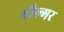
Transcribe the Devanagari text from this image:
बौल्मर